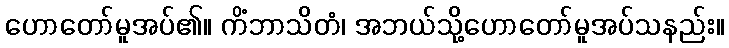
ဟောတော်မူအပ်၏။ ကိံဘာသိတံ၊ အဘယ်သို့ဟောတော်မူအပ်သနည်း။